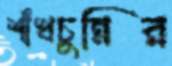
শাঁখচুন্নির